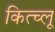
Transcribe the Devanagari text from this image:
कित्च्लू